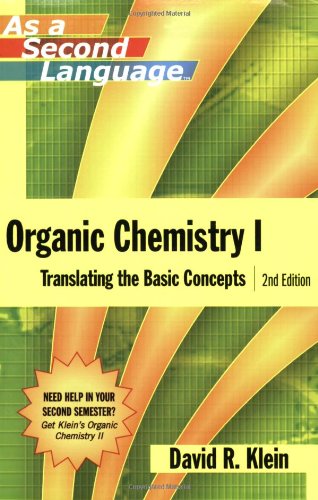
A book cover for Organic Chemistry I as a Second Language: Translating the Basic Concepts; David M. Klein; Science & Math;